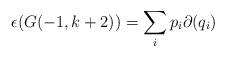
LaTeX: \begin{align*}\epsilon(G(-1,k+2)) = \sum_i p_i \partial(q_i) \end{align*}